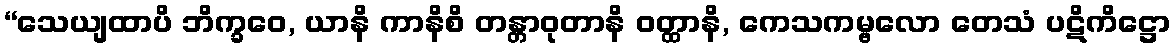
“သေယျထာပိ ဘိက္ခဝေ, ယာနိ ကာနိစိ တန္တာဝုတာနိ ဝတ္ထာနိ, ကေသကမ္ဗလော တေသံ ပဋိကိဋ္ဌော